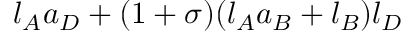
l _ { A } a _ { D } + ( 1 + \sigma ) ( l _ { A } a _ { B } + l _ { B } ) l _ { D }